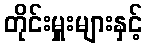
တိုင်းမှူးများနှင့်